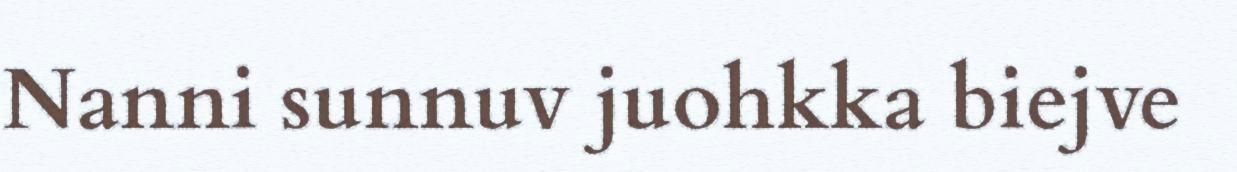
Nanni sunnuv juohkka biejve